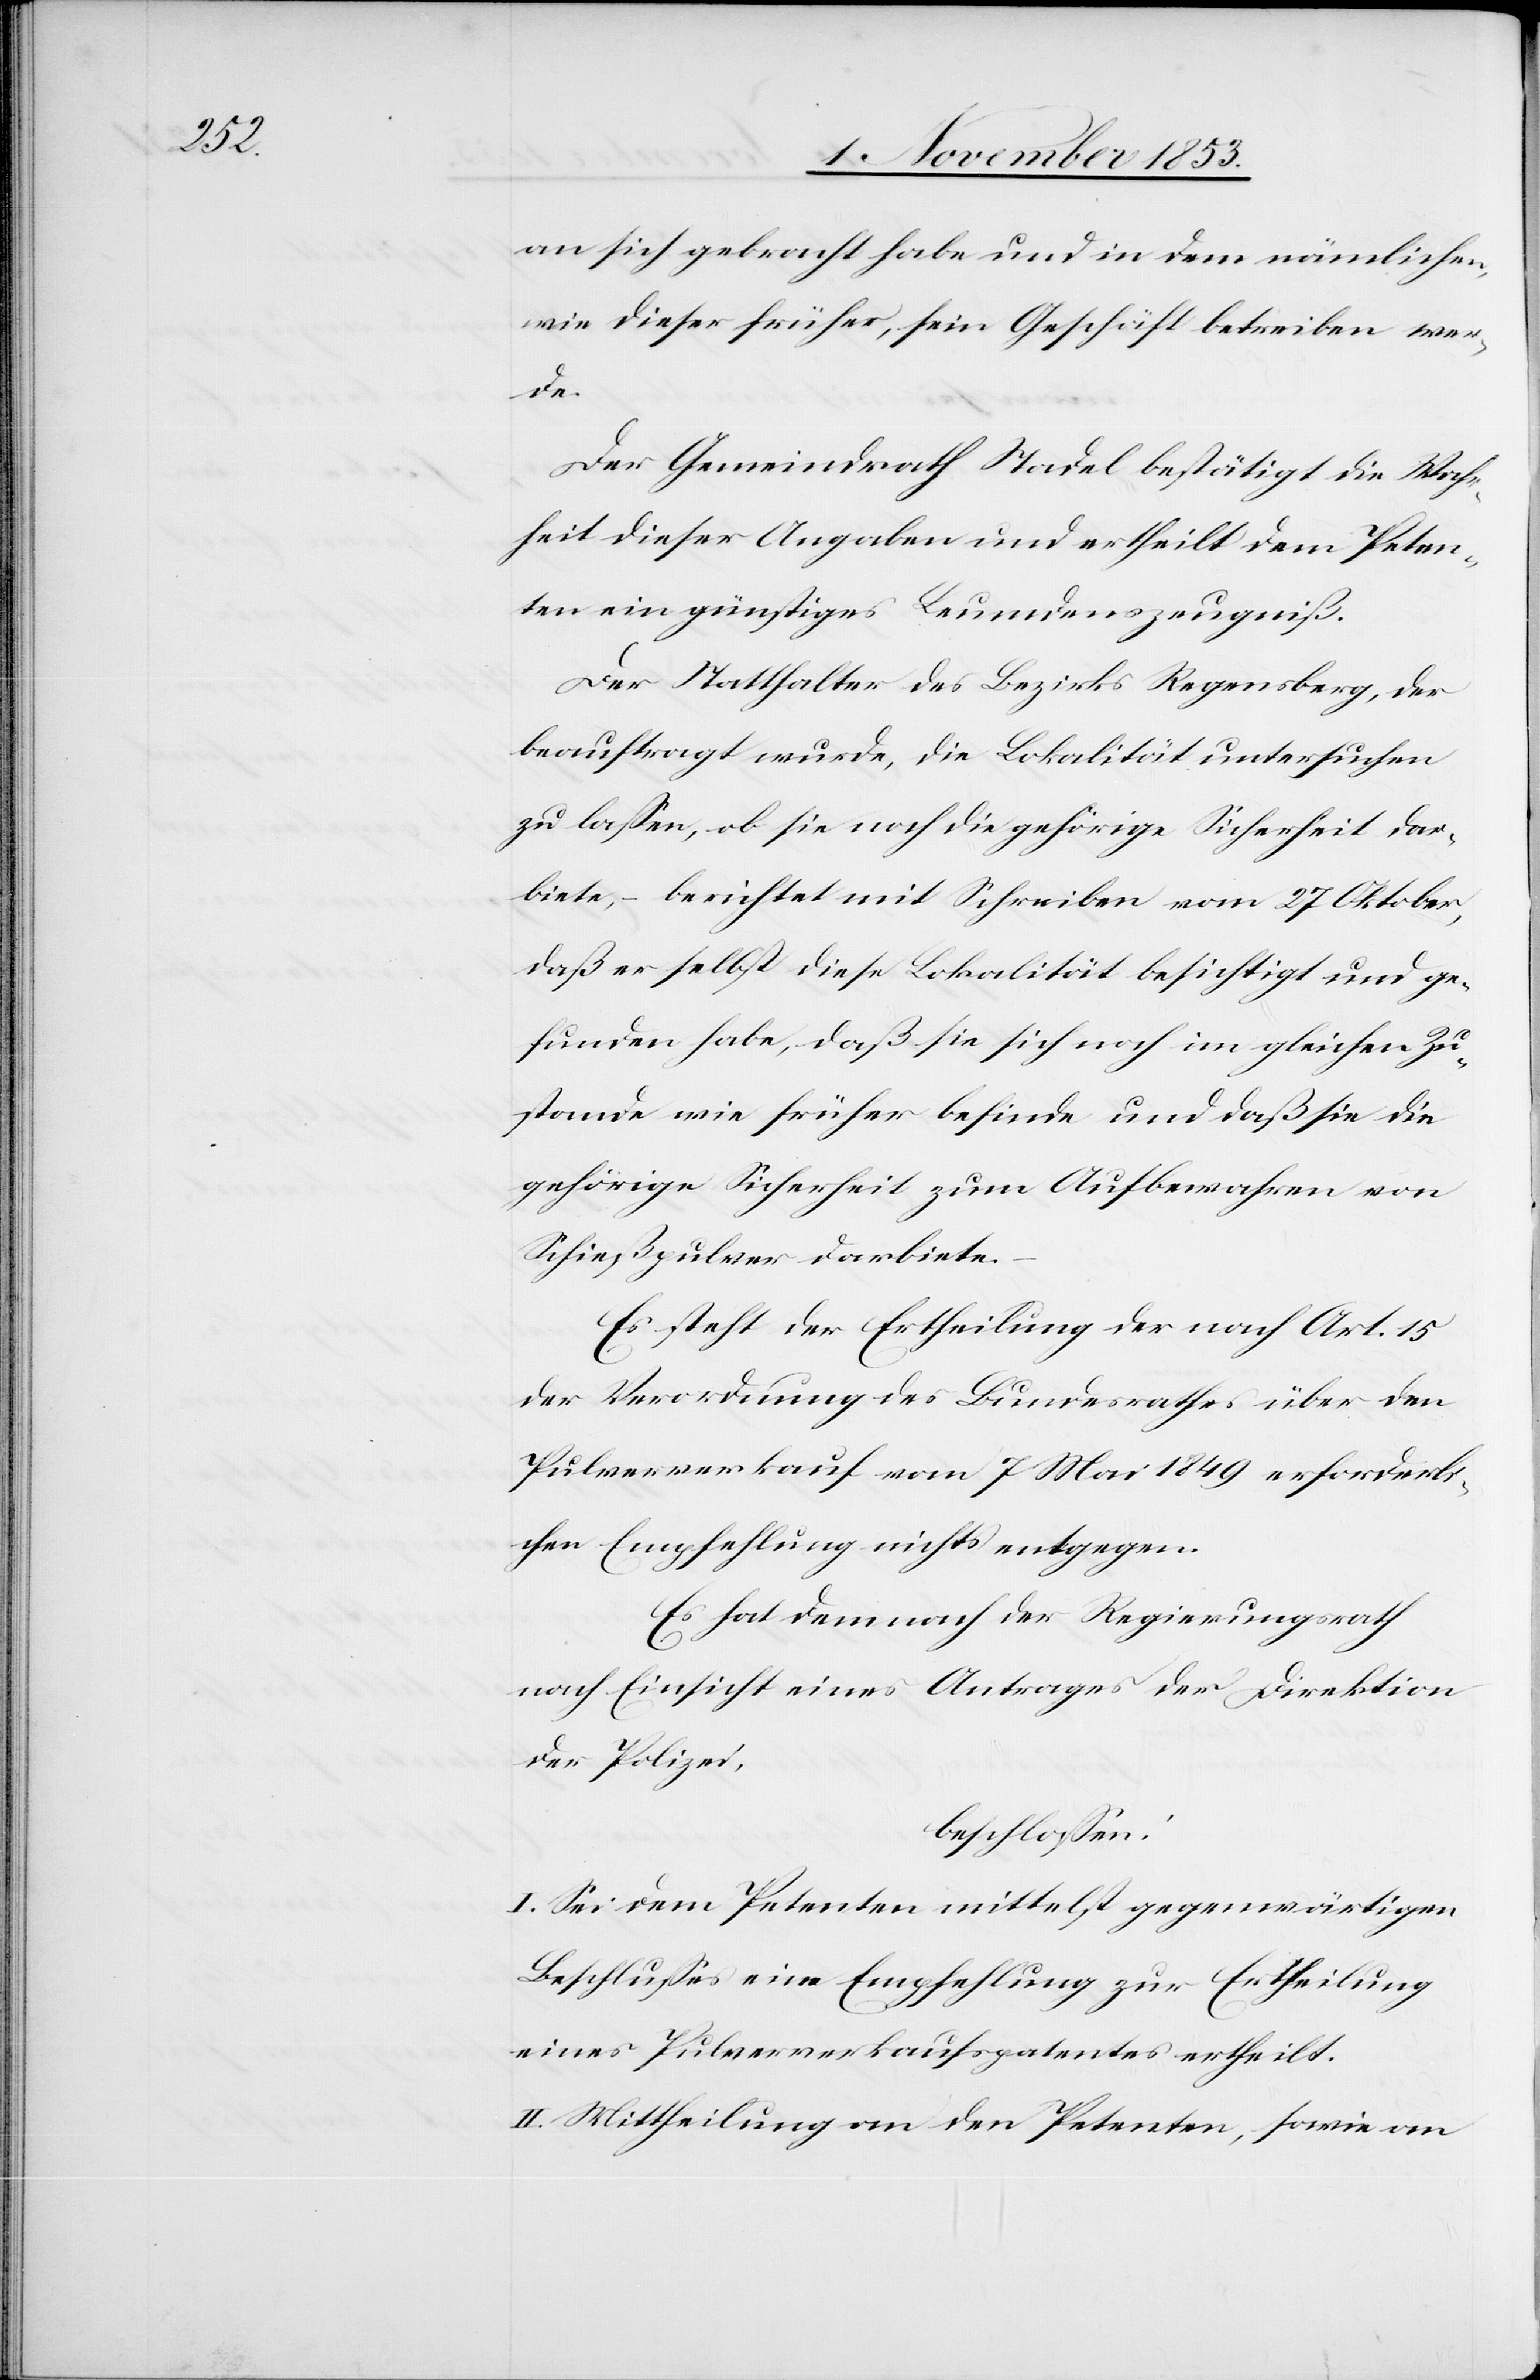
an sich gebracht habe und in dem nämlichen
wie dieser früher, sein Geschäft betreiben wer¬
de.
Der Gemeindrath Stadel bestätigt die Wahr¬
heit dieser Angaben und ertheilt dem Peten¬
ten ein günstiges Leumdenszeugniß.
Der Statthalter des Bezirks Regensberg, der
beauftragt wurde, die Lokalität untersuchen
zu laßen, ob sie noch die gehörige Sicherheit dar¬
biete, – berichtet mit Schreiben vom 27 Oktober,
daß er selbst diese Lokalität besichtigt und ge¬
funden habe, daß sie sich noch im gleichen Zu¬
stande wie früher befinde und daß sie die
gehörige Sicherheit zum Aufbewahren von
Schießpulver darbiete.
Es steht der Ertheilung der nach Art. 15
der Verordnung des Bundesrathes über den
Pulververkauf vom 7 Mai 1849 erforderli¬
chen Empfehlung nichts entgegen.
Es hat demnach der Regierungsrath
nach Einsicht eines Antrages der Direktion
der Polizei,
beschloßen:
I .Sei dem Petenten mittelst gegenwärtigen
Beschlußes eine Empfehlung zur Ertheilung
eines Pulververkaufspatentes ertheilt.
II. Mittheilung an den Petenten, sowie an